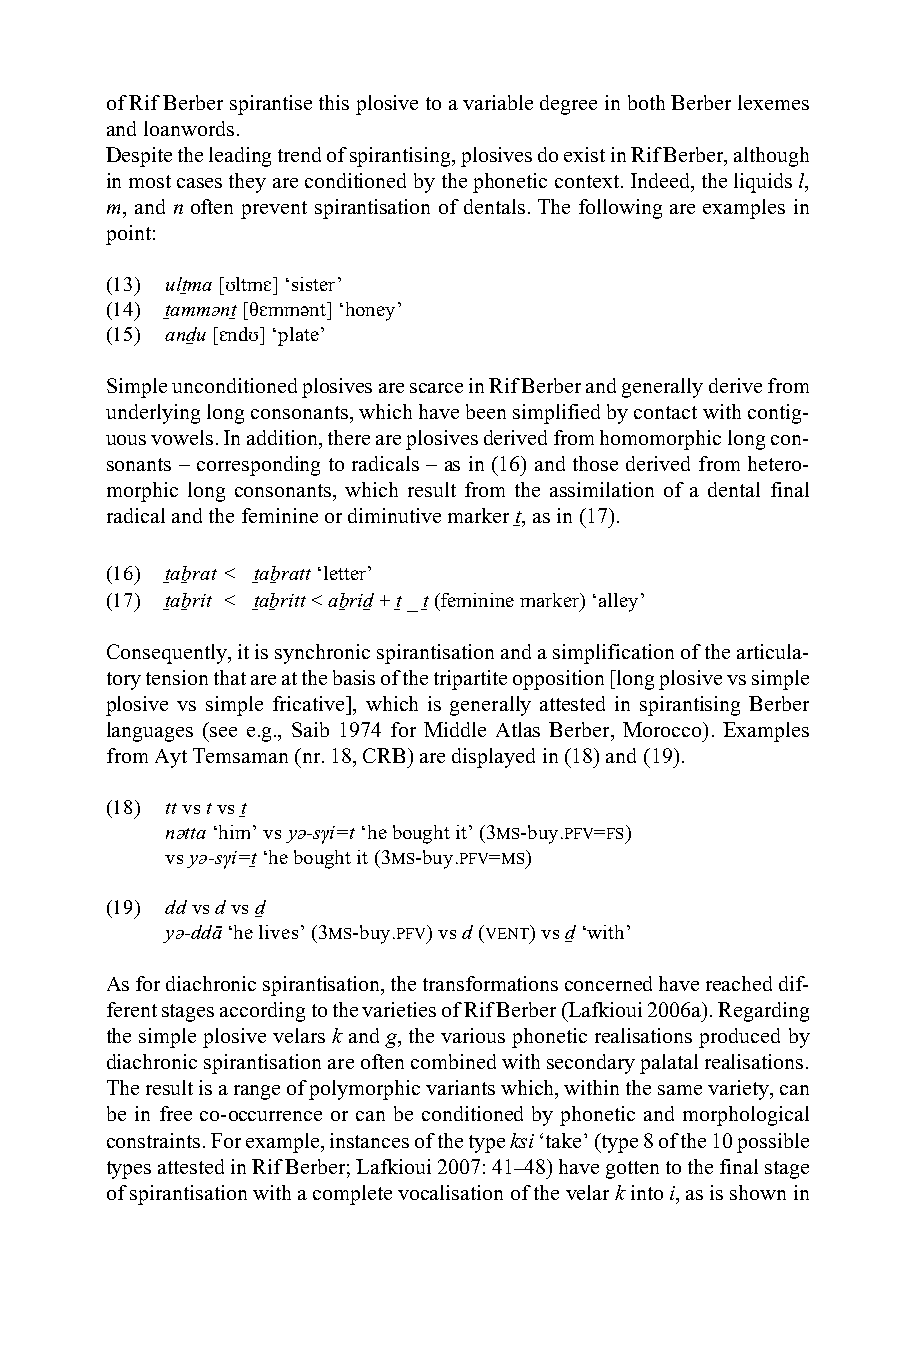
of Rif Berber spirantise this plosive to a variable degree in both Berber lexemes
 and loanwords.
 Despite the leading trend of spirantising, plosives do exist in Rif Berber, although
 in most cases they are conditioned by the phonetic context. Indeed, the liquids l,
 m, and n often prevent spirantisation of dentals. The following are examples in
 point:
 (13) ulṯma [ʊltmɛ] ‘sister’
 (14) ṯammǝnṯ [θɛmmǝnt] ‘honey’
 (15) anḏu [ɛndʊ] ‘plate’
 Simple unconditioned plosives are scarce in Rif Berber and generally derive from
 underlying long consonants, which have been simplified by contact with contig-
 uous vowels. In addition, there are plosives derived from homomorphic long con-
 sonants – corresponding to radicals – as in (16) and those derived from hetero-
 morphic long consonants, which result from the assimilation of a dental final
 radical and the feminine or diminutive marker ṯ, as in (17).
 (16) ṯaḇrat < ṯaḇratt ‘letter’
 (17) ṯaḇrit < ṯaḇritt < aḇriḏ + ṯ _ ṯ (feminine marker) ‘alley’
 Consequently, it is synchronic spirantisation and a simplification of the articula-
 tory tension that are at the basis of the tripartite opposition [long plosive vs simple
 plosive vs simple fricative], which is generally attested in spirantising Berber
 languages (see e.g., Saib 1974 for Middle Atlas Berber, Morocco). Examples
 from Ayt Temsaman (nr. 18, CRB) are displayed in (18) and (19).
 (18) tt vs t vs ṯ
 nǝtta ‘him’ vs yǝ-sγi=t ‘he bought it’ (3MS-buy.PFV=FS)
 vs yǝ-sγi=ṯ ‘he bought it (3MS-buy.PFV=MS)
 (19) dd vs d vs ḏ
 yǝ-ddā ‘he lives’ (3MS-buy.PFV) vs d (VENT) vs ḏ ‘with’
 As for diachronic spirantisation, the transformations concerned have reached dif-
 ferent stages according to the varieties of Rif Berber (Lafkioui 2006a). Regarding
 the simple plosive velars k and g, the various phonetic realisations produced by
 diachronic spirantisation are often combined with secondary palatal realisations.
 The result is a range of polymorphic variants which, within the same variety, can
 be in free co-occurrence or can be conditioned by phonetic and morphological
 constraints. For example, instances of the type ksi ‘take’ (type 8 of the 10 possible
 types attested in Rif Berber; Lafkioui 2007: 41–48) have gotten to the final stage
 of spirantisation with a complete vocalisation of the velar k into i, as is shown in